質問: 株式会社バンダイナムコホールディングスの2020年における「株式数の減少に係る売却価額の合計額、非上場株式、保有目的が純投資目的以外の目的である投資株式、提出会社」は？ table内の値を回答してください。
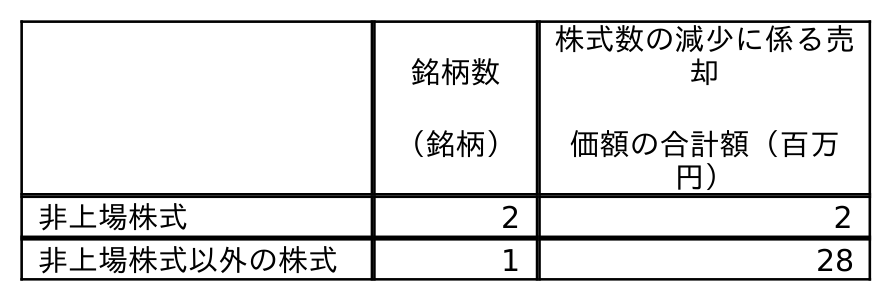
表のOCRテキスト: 銘柄数 （銘柄） 株式数の減少に係る売 却 価額の合計額（百万 円） 非上場株式 2 2 非上場株式以外の株式 1 28
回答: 2